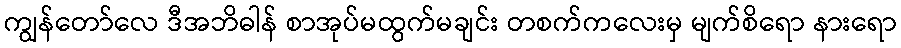
ကျွန်တော်လေ ဒီအဘိဓါန် စာအုပ်မထွက်မချင်း တစက်ကလေးမှ မျက်စိရော နားရော